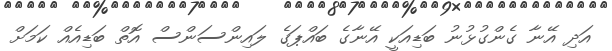
އަދި އޭނާ ގެންގުޅުނު ބަޑިއަކީ އޭނާގެ ބައްޕަގެ ލައިންސަންސް އޮތް ބަޑިއެއް ކަމަށް